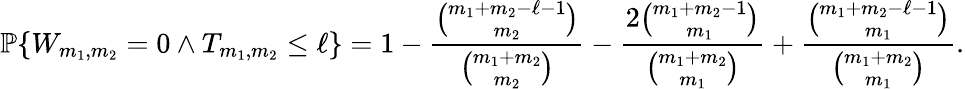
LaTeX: {\mathbb{P}}\{ W_{m_{1},m_{2}}=0\wedge T_{m_{1},m_{2}}\le\ell\} =1-\frac{\binom{m_{1}+m_{2}-\ell-1}{m_{2}}}{\binom{m_{1}+m_{2}}{m_{2}}}-\frac{2\binom{m_{1}+m_{2}-1}{m_{1}}}{\binom{m_{1}+m_{2}}{m_{1}}}+\frac{\binom{m_{1}+m_{2}-\ell-1}{m_{1}}}{\binom{m_{1}+m_{2}}{m_{1}}}.